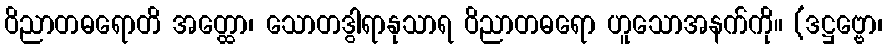
ဝိညာတဓရောတိ အတ္ထော၊ သောတဒွါရာနုသာရ ဝိညာတဓရော ဟူသောအနက်ကို။ (ဒဋ္ဌဗ္ဗော၊